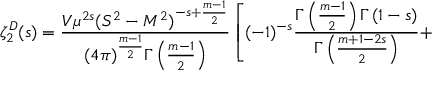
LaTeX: \zeta _ { 2 } ^ { D } ( s ) = \frac { V \mu ^ { 2 s } ( S ^ { 2 } - M ^ { 2 } ) ^ { - s + \frac { m - 1 } { 2 } } } { ( 4 \pi ) ^ { \frac { m - 1 } { 2 } } \Gamma \left( \frac { m - 1 } { 2 } \right) } \left[ ( - 1 ) ^ { - s } \frac { \Gamma \left( \frac { m - 1 } { 2 } \right) \Gamma \left( 1 - s \right) } { \Gamma \left( \frac { m + 1 - 2 s } { 2 } \right) } + \right.